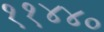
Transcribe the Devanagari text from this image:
११४४०